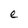
Character: e